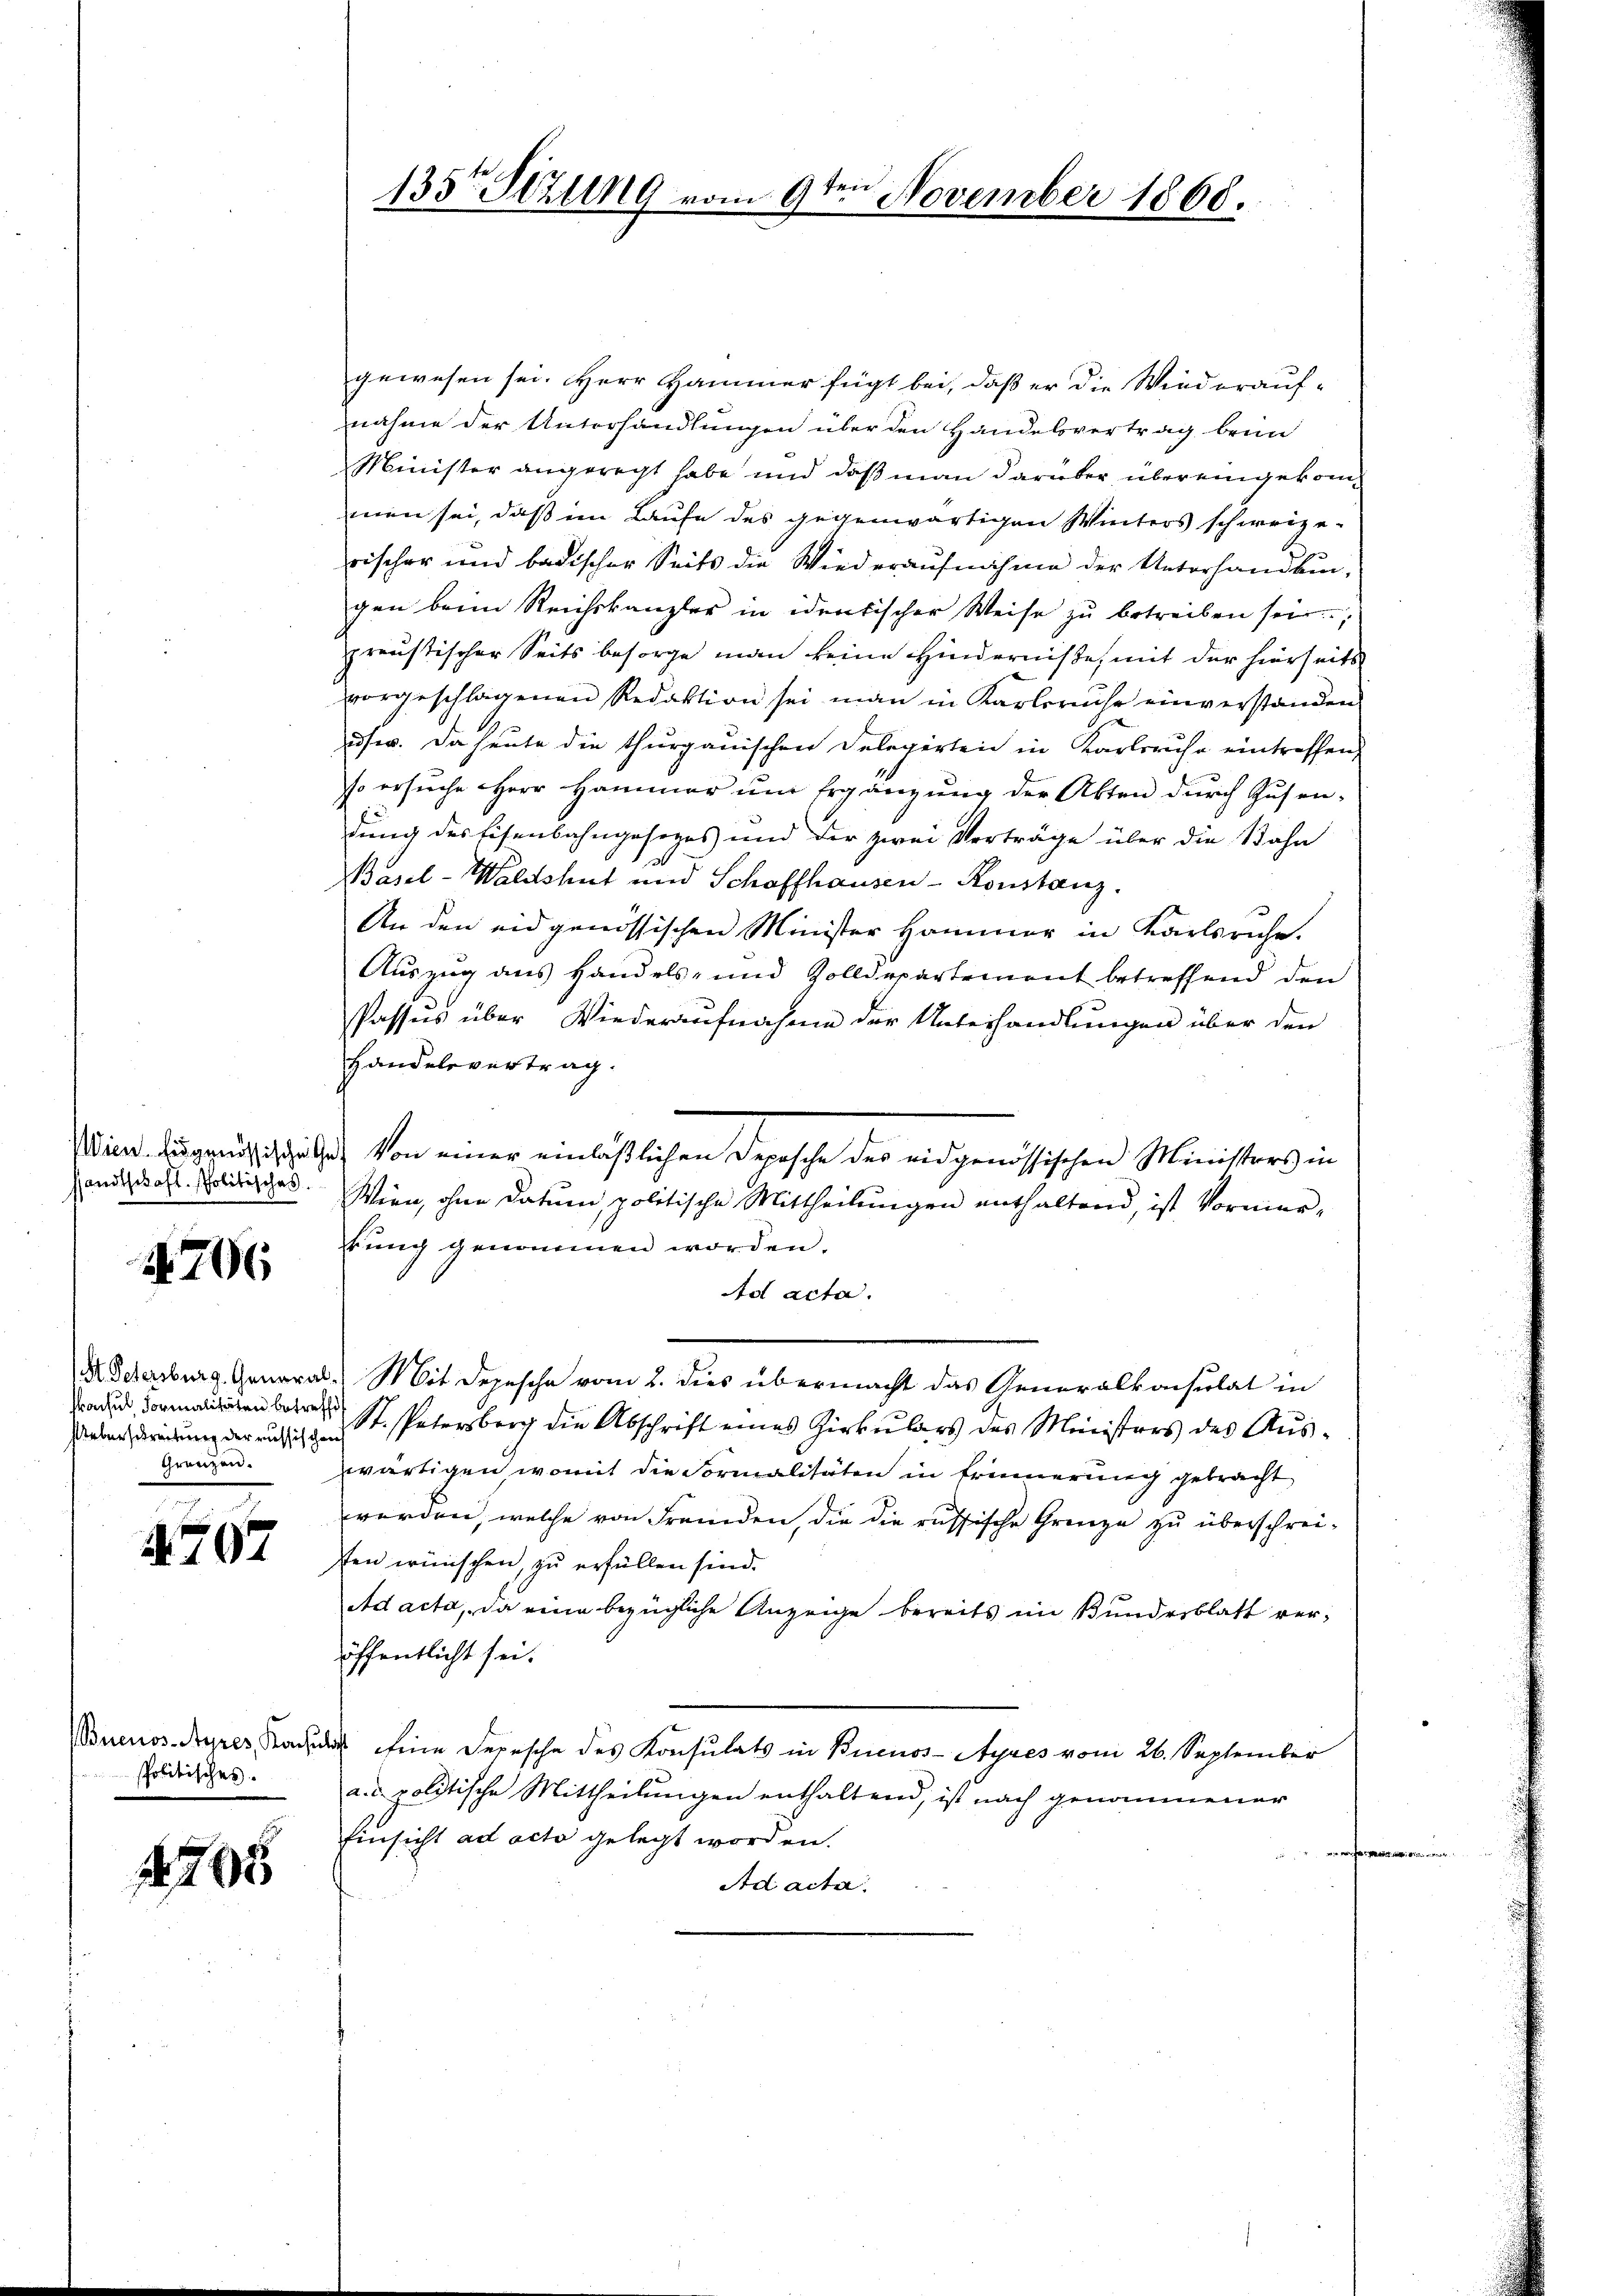
1206

Ueberschreitung der russischen
Gränzen.

4707

spolitisches.

1205

gewesen sei. Herr Hammer fügt bei, daß er die Wiederauf-
nahme der Unterhandlungen über den Handelsvertrag beim
Minister angerecht habe und daß man darüber über eingekommen sei, daß im Laufe des gegenwärtigen Winters schweize-
rischer und badischer Seits die Wiederaufnahme der Unterhandlungen beim Reichskanzler in identischer Weise zŭ betreiben sei,
preustischer Seits besorge man keine Hinderniße, mit der hierseits
vorgeschlagenen Redaktion sei man in Karlsruhe einverstanden
user. Da heute die thurgauischen Delegirten in Karlsruhe eintreffen,
so ersuche Herr Hammer um Ergänzung der Akten durch Zusen-
dung des Eisenbahngesezes und der zwei Verträge über die Bahn
Basel-Waldshut und Schaffhausen-Konstanz.
An den eidgenössischen Minister Hammer in Karlsruhe.
Auszug aus Handels- und Zolldepartement betreffend den
1
Passus über Wiederaufnahme der Unterhandlungen über den
Handelsvertrag.
Wien. Augustichhäls) Von einer einläßlichen Depesche der eidgenössischen Ministers in
andolt. Politisches. Wien, ohne Datum, politische Mittheilungen enthaltend, ist Vormier-
tung genommen worden.
Ad acta.
 Petersburg, General. Mit Depesche vom 2. dies übermacht das Generalkonsulat in
aden St. Petersberg die Abschrift eines Zirkulars des Ministers des Auswärtigen, womit die Formalitäten in Erinnerung gebracht
werden, welche von Fremden, die die russische Grenze zu überschreisten wünschen, zu erfüllen sind.
Ad acta, da eine bezügliche Anzeige bereits im Bundesblatt veröffentlicht sei.
Buenos-Ayres Kan eine Depesche des Konsulats in Buenos-Ayres vom 26. September
a. d. politische Mittheilungen enthaltend, ist nach genommener
Einsicht ad acta gelegt worden.
g
Ad acta

135te Stellg vom 9te͇n November 1868.